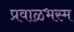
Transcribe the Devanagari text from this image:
प्रवाळभस्म